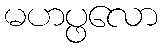
မဟပ္ဖလော